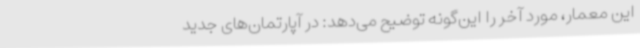
این معمار، مورد آخر را این‌گونه توضیح می‌دهد: در آپارتمان‌های جدید